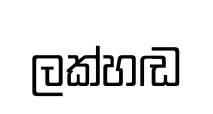
ලක්හඬ